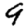
Digit: 9